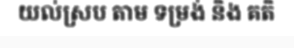
យល់ស្រប តាម ទម្រង់ និង គតិ